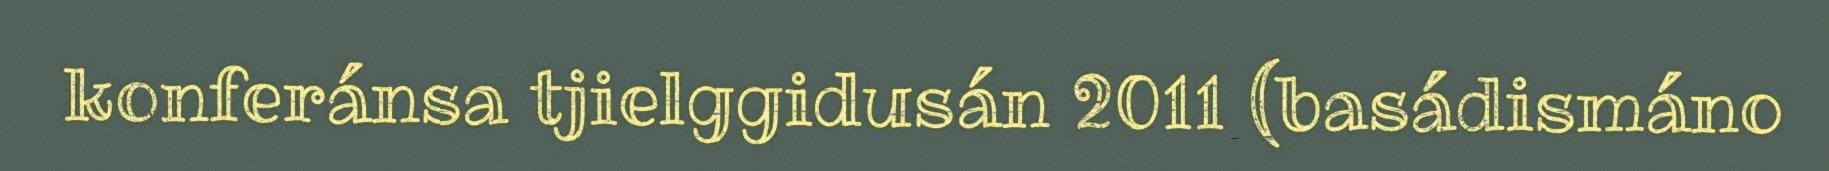
konferánsa tjielggidusán 2011 (basádismáno